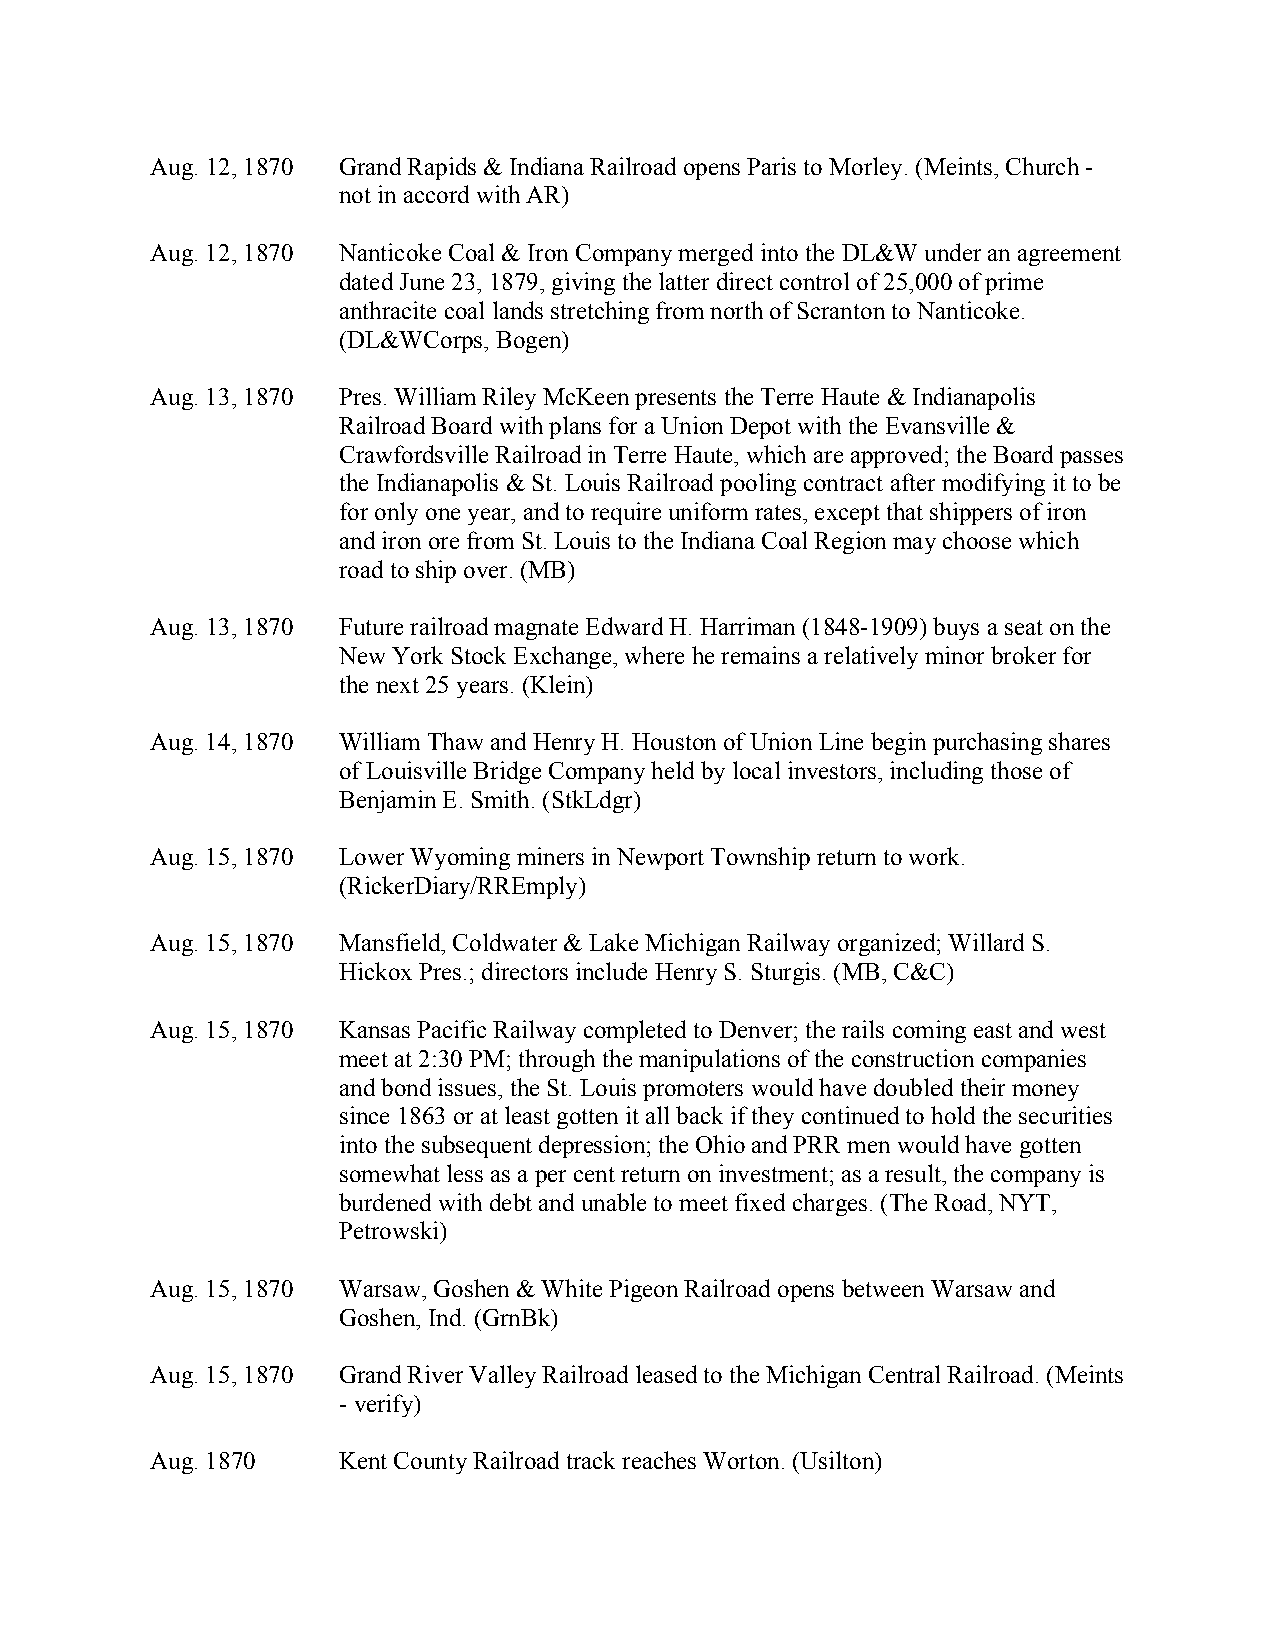
Aug. 12, 1870 Grand Rapids & Indiana Railroad opens Paris to Morley. (Meints, Church -
 not in accord with AR)
 Aug. 12, 1870 Nanticoke Coal & Iron Company merged into the DL&W under an agreement
 dated June 23, 1879, giving the latter direct control of 25,000 of prime
 anthracite coal lands stretching from north of Scranton to Nanticoke.
 (DL&WCorps, Bogen)
 Aug. 13, 1870 Pres. William Riley McKeen presents the Terre Haute & Indianapolis
 Railroad Board with plans for a Union Depot with the Evansville &
 Crawfordsville Railroad in Terre Haute, which are approved; the Board passes
 the Indianapolis & St. Louis Railroad pooling contract after modifying it to be
 for only one year, and to require uniform rates, except that shippers of iron
 and iron ore from St. Louis to the Indiana Coal Region may choose which
 road to ship over. (MB)
 Aug. 13, 1870 Future railroad magnate Edward H. Harriman (1848-1909) buys a seat on the
 New York Stock Exchange, where he remains a relatively minor broker for
 the next 25 years. (Klein)
 Aug. 14, 1870 William Thaw and Henry H. Houston of Union Line begin purchasing shares
 of Louisville Bridge Company held by local investors, including those of
 Benjamin E. Smith. (StkLdgr)
 Aug. 15, 1870 Lower Wyoming miners in Newport Township return to work.
 (RickerDiary/RREmply)
 Aug. 15, 1870 Mansfield, Coldwater & Lake Michigan Railway organized; Willard S.
 Hickox Pres.; directors include Henry S. Sturgis. (MB, C&C)
 Aug. 15, 1870 Kansas Pacific Railway completed to Denver; the rails coming east and west
 meet at 2:30 PM; through the manipulations of the construction companies
 and bond issues, the St. Louis promoters would have doubled their money
 since 1863 or at least gotten it all back if they continued to hold the securities
 into the subsequent depression; the Ohio and PRR men would have gotten
 somewhat less as a per cent return on investment; as a result, the company is
 burdened with debt and unable to meet fixed charges. (The Road, NYT,
 Petrowski)
 Aug. 15, 1870 Warsaw, Goshen & White Pigeon Railroad opens between Warsaw and
 Goshen, Ind. (GrnBk)
 Aug. 15, 1870 Grand River Valley Railroad leased to the Michigan Central Railroad. (Meints
 - verify)
 Aug. 1870   Kent County Railroad track reaches Worton. (Usilton)